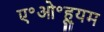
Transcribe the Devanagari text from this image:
ए॰ओ॰ह्यूम